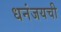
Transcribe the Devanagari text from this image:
धनंजयची